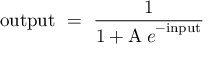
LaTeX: \mathrm { o u t p u t } \ = \ { \frac { 1 } { 1 + { \mathrm A \: { e } } ^ { - \mathrm { i n p u t } } } }